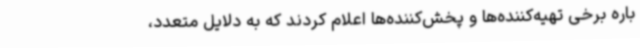
باره برخی تهیه‌کننده‌ها و پخش‌کننده‌ها اعلام کردند که به دلایل متعدد،